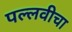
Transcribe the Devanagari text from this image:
पल्लवीचा